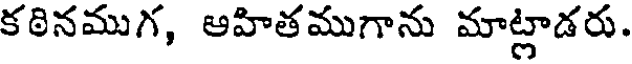
కఠినముగ, ఆహితముగాను మాట్లాడరు.